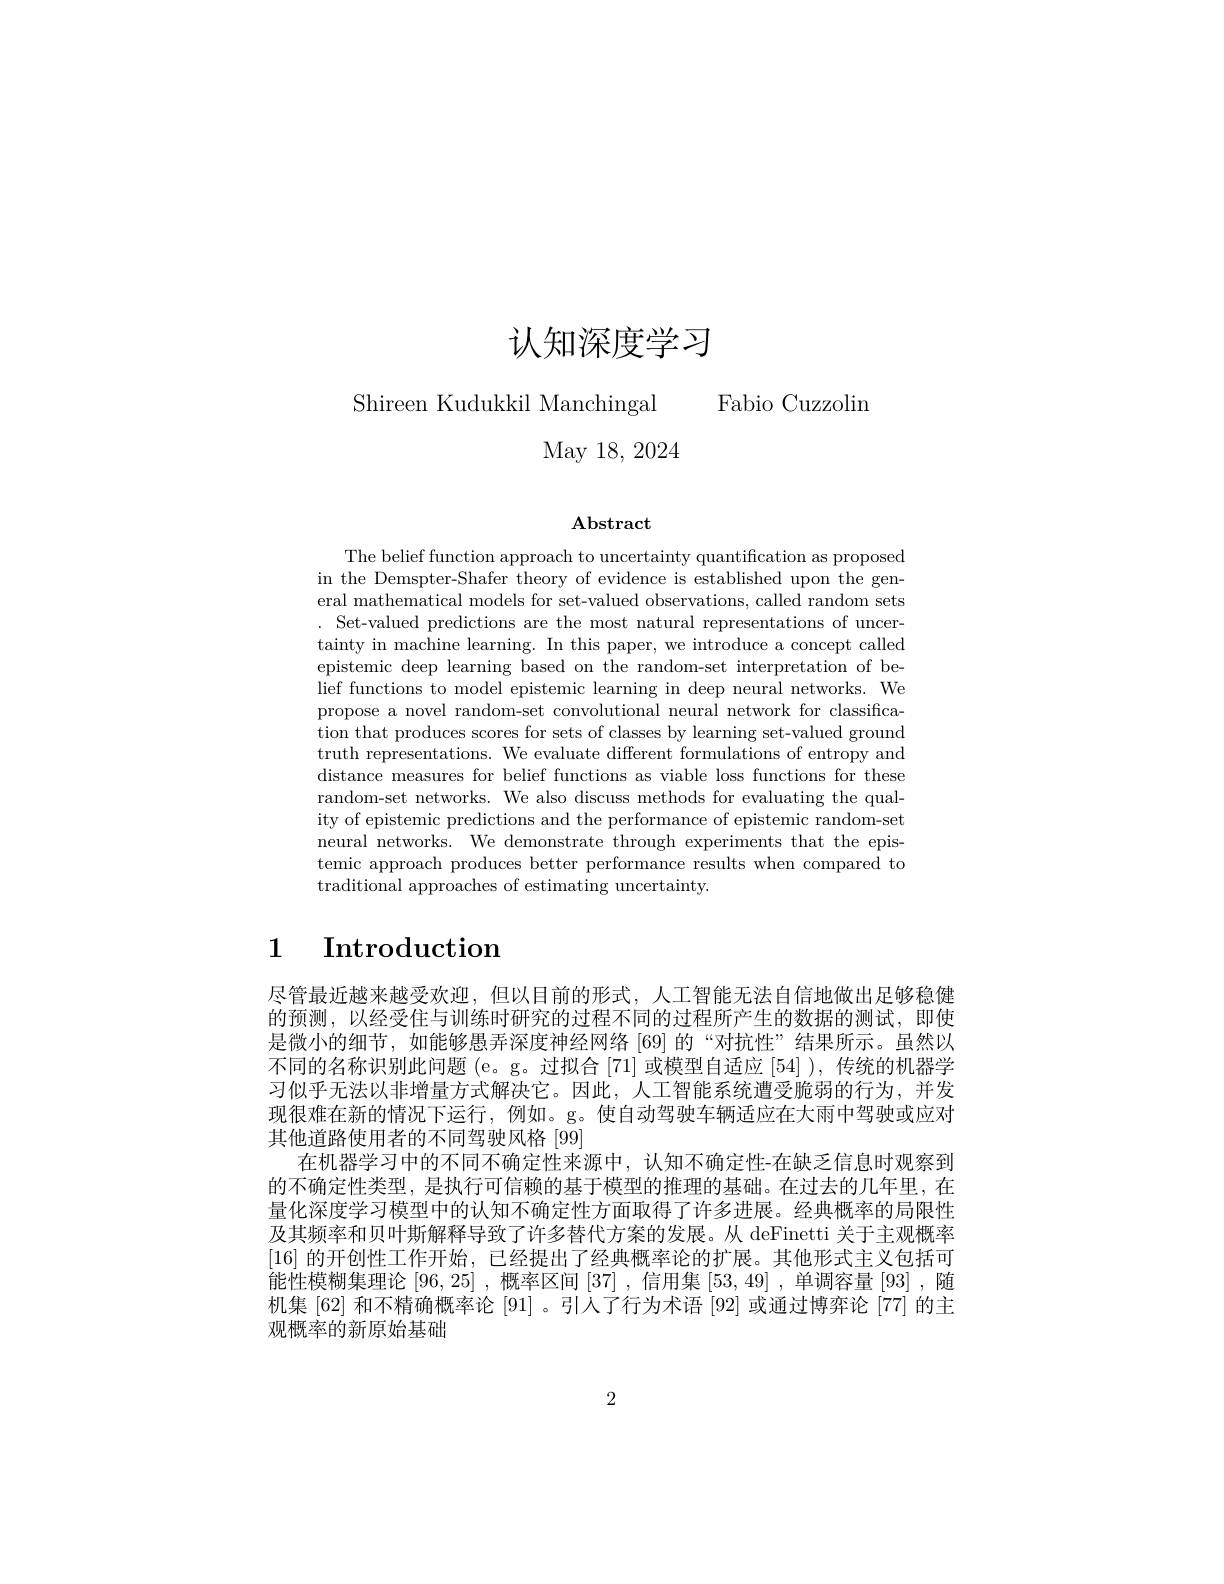
认知深度学习

Shireen Kudukkil Manchingal Fabio Cuzzolim

May 18, 2024

## $\mathbf{Abstract}$

The belief function approach to uncertainty quantification as proposed in the Demspter-Shafer theory of evidence is established upon the general mathematical models for set-valued observations, called random sets . Set-valued predictions are the most natural representations of uncertainty in machine learning. In this paper, we introduce a concept called epistemic deep learning based on the random-set interpretation of belief functions to model epistemic learning in deep neural networks. We propose a novel random-set convolutional neural network for classification that produces scores for sets of classes by learning set-valued ground truth representations. We evaluate different formulations of entropy and distance measures for belief functions as viable loss functions for these random-set networks. We also discuss methods for evaluating the quality of epistemic predictions and the performance of epistemic random-set neural networks. We demonstrate through experiments that the epistemic approach produces better performance results when compared to traditional approaches of estimating uncertainty.

# 1 $\textbf{Introduction}$

尽管最近越来越受欢迎，但以目前的形式，人工智能无法自信地做出足够稳健的预测，以经受住与训练时研究的过程不同的过程所产生的数据的测试，即使是微小的细节，如能够愚弄深度神经网络[69]的“对抗性”结果所示。虽然以不同的名称识别此问题 (e。g。过拟合[71] 或模型自适应 [54] ), 传统的机器学习似乎无法以非增量方式解决它。因此，人工智能系统遭受脆弱的行为，并发现很难在新的情况下运行，例如。g。使自动驾驶车辆适应在大雨中驾驶或应对其他道路使用者的不同驾驶风格[99]
在机器学习中的不同不确定性来源中，认知不确定性-在缺乏信息时观察到的不确定性类型，是执行可信赖的基于模型的推理的基础。在过去的几年里，在量化深度学习模型中的认知不确定性方面取得了许多进展。经典概率的局限性及其频率和贝叶斯解释导致了许多替代方案的发展。从 deFinetti 关于主观概率[16]的开创性工作开始，已经提出了经典概率论的扩展。其他形式主义包括可能性模糊集理论 [96,25] ,概率区间[37] ,信用集[53,49] ,单调容量 [93] ,随机集 [62] 和不精确概率论 [91] 。引入了行为术语 [92] 或通过博弈论 [77] 的主观概率的新原始基础

2